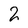
Character: 2